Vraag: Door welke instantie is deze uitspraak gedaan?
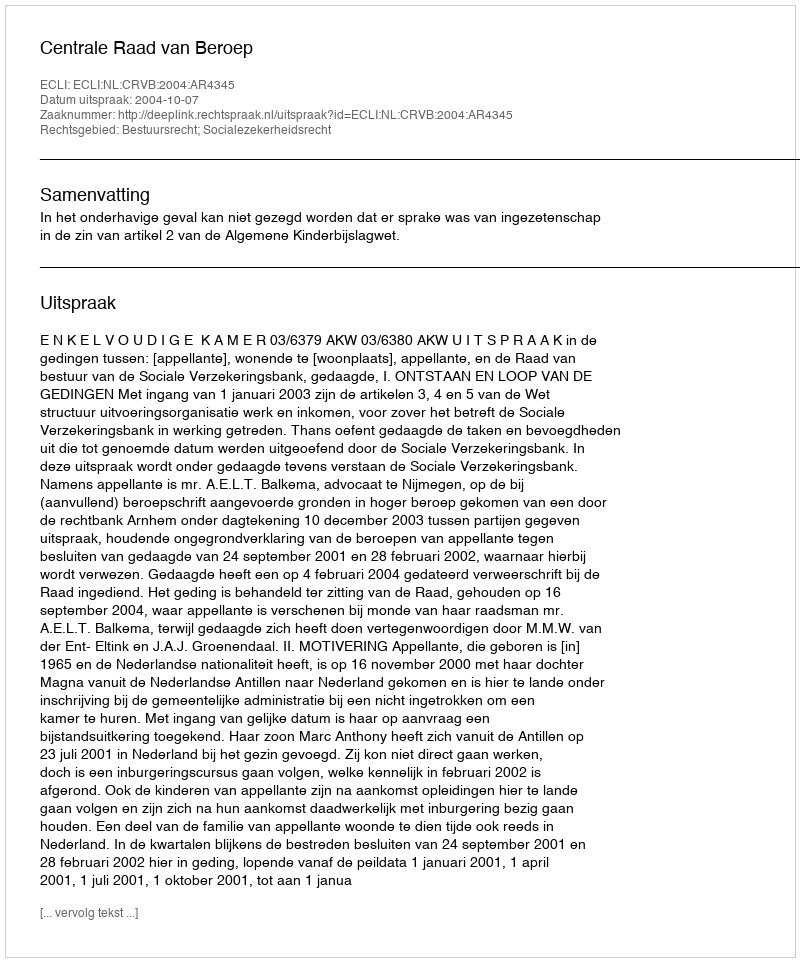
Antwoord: Centrale Raad van Beroep